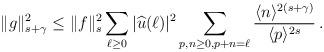
LaTeX: \begin{align*}\| g \|^2_{s+\gamma} \le \|f \|_s^2 \sum_{\ell \ge 0} |\widehat u(\ell) |^2 \sum_{p,n \ge 0,p + n = \ell} \frac{\langle n \rangle^{2(s+\gamma)}}{\langle p \rangle^{2s} } \, .\end{align*}